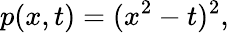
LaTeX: p(x,t)=(x^{2}-t)^{2},